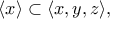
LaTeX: \langle x \rangle \subset \langle x , y , z \rangle ,